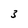
Character: 3